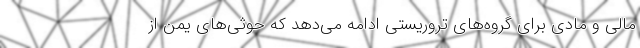
مالی و مادی برای گروه‌های تروریستی ادامه می‌دهد که حوثی‌های یمن از